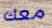
معك